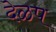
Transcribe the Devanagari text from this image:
देळप